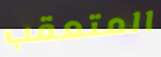
المتعقب